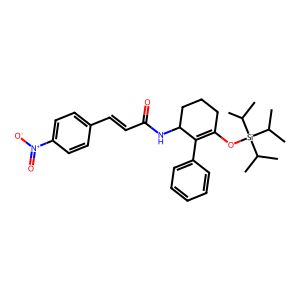
SMILES: CC(C)[Si](OC1=C(c2ccccc2)C(NC(=O)C=Cc2ccc([N+](=O)[O-])cc2)CCC1)(C(C)C)C(C)C
Inhibits HIV replication: No